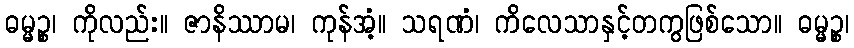
ဓမ္မဉ္စ၊ ကိုလည်း။ ဇာနိဿာမ၊ ကုန်အံ့။ သရဏံ၊ ကိလေသာနှင့်တကွဖြစ်သော။ ဓမ္မဉ္စ၊